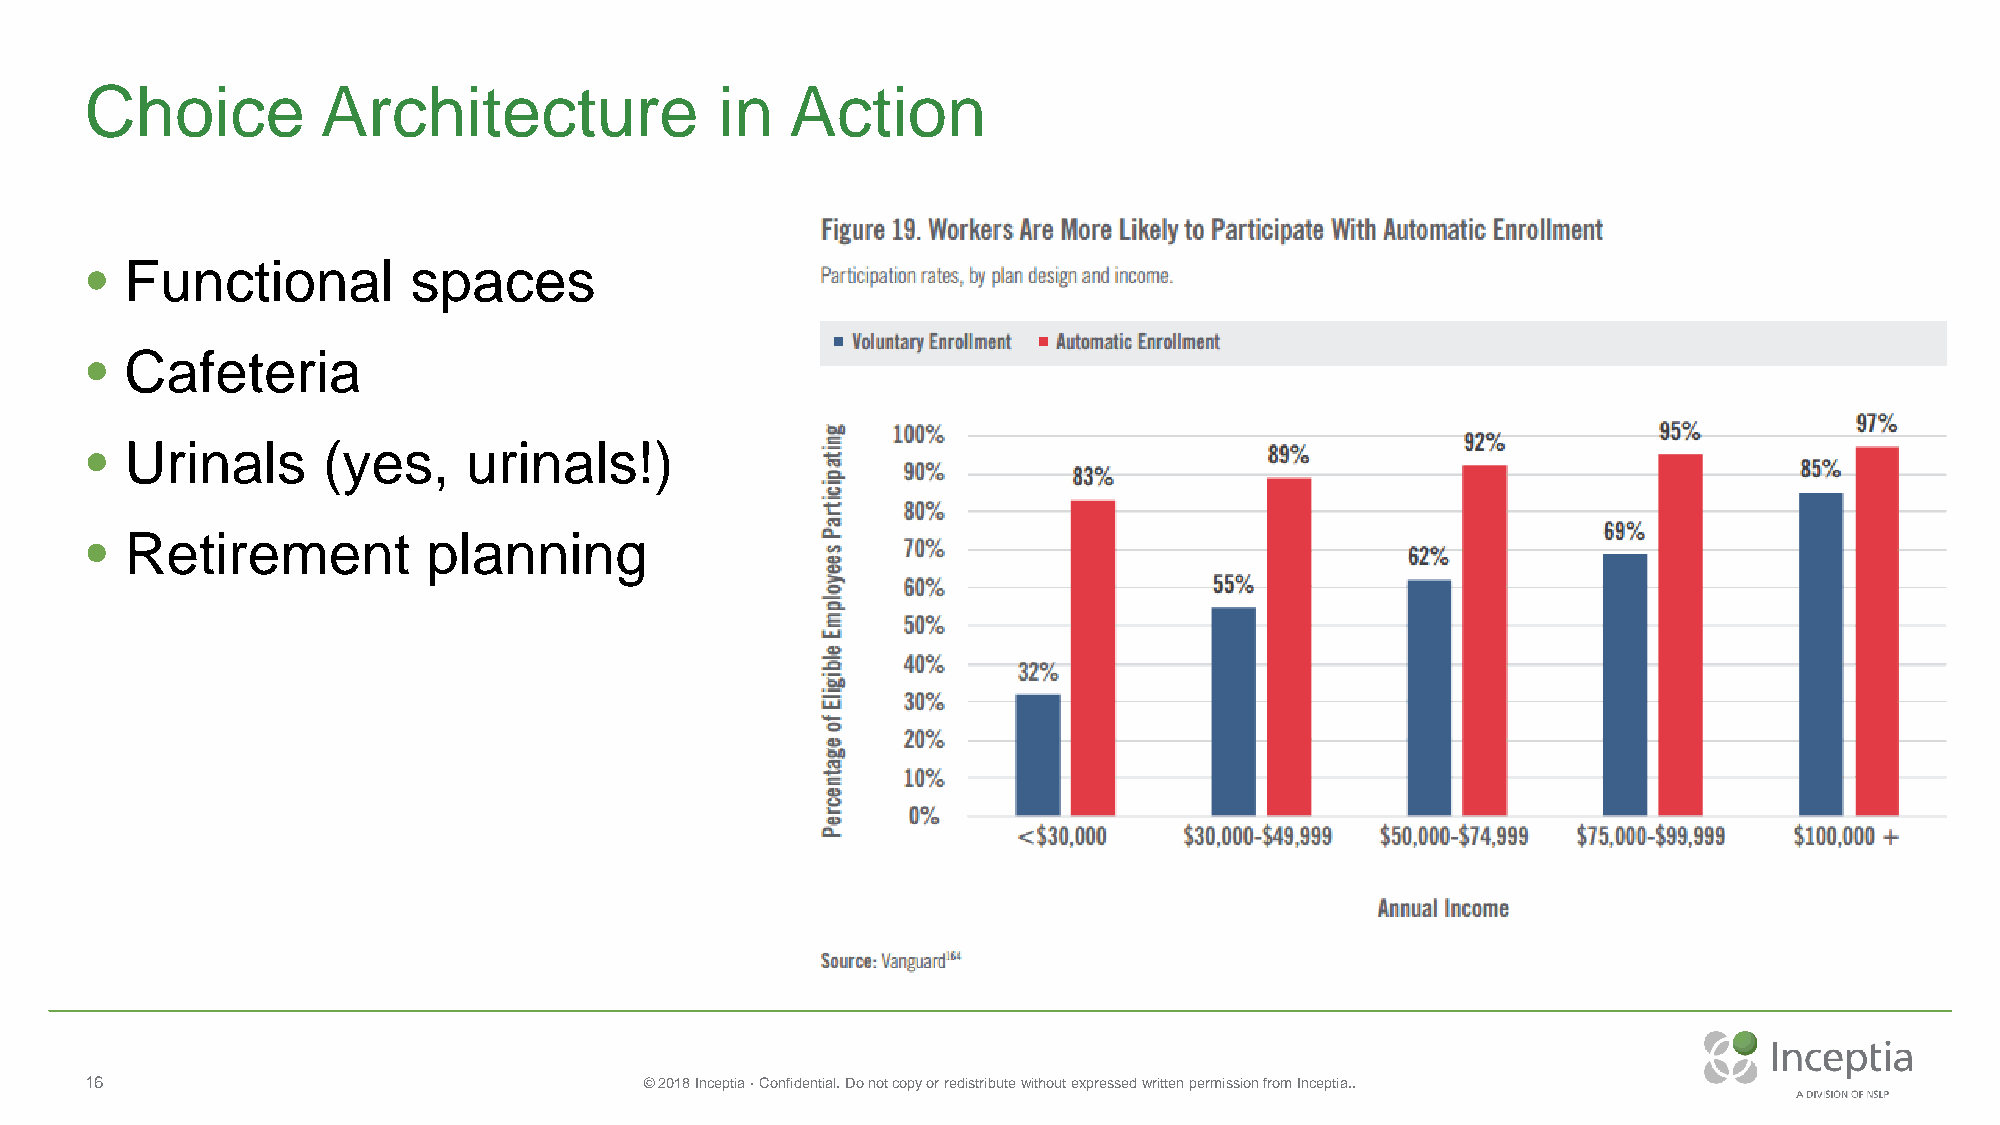
Choice         Architecture               in  Action
 • Functional         spaces
 • Cafeteria
 • Urinals      (yes,     urinals!)
 • Retirement          planning
 16                                   © 2018 Inceptia · Confidential. Do not copy or redistribute without expressed written permission from Inceptia..